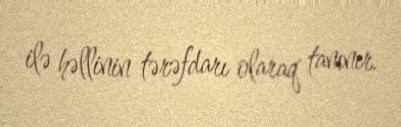
ilə həllinin tərəfdarı olaraq tanınır.